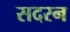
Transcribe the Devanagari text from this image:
सदरन